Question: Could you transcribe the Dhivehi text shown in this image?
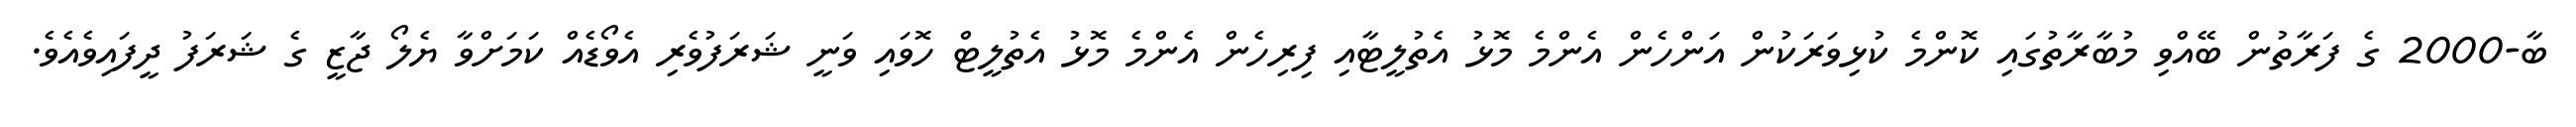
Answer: ބާ-2000 ގެ ފަރާތުން ބޭއްވި މުބާރާތުގައި ކޮންމެ ކުޅިވަރަކުން އަންހެން އެންމެ މޮޅު އެތުލީޓާއި ފިރިހެން އެންމެ މޮޅު އެތުލީޓް ހޮވައި ވަނީ ޝަރަފުވެރި އެވޯޑެއް ކަމަށްވާ ޔެލޯ ޖާޒީ ގެ ޝަރަފު ދީފައިވެއެވެ.